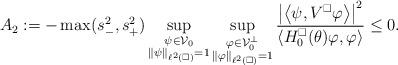
LaTeX: \begin{align*} A_2:= - \max(s_-^2,s_+^2) \sup_{\substack{\psi \in \mathcal V_0 \\ \|\psi\|_{\ell^2(\square)} = 1}} \sup_{\substack{\varphi \in \mathcal V_0^\perp \\ \|\varphi\|_{\ell^2(\square)} = 1}} \frac{\left| \left\langle \psi, V^\square \varphi \right\rangle \right|^2}{\left\langle H^\square_0(\theta) \varphi, \varphi \right\rangle} \leq 0.\end{align*}